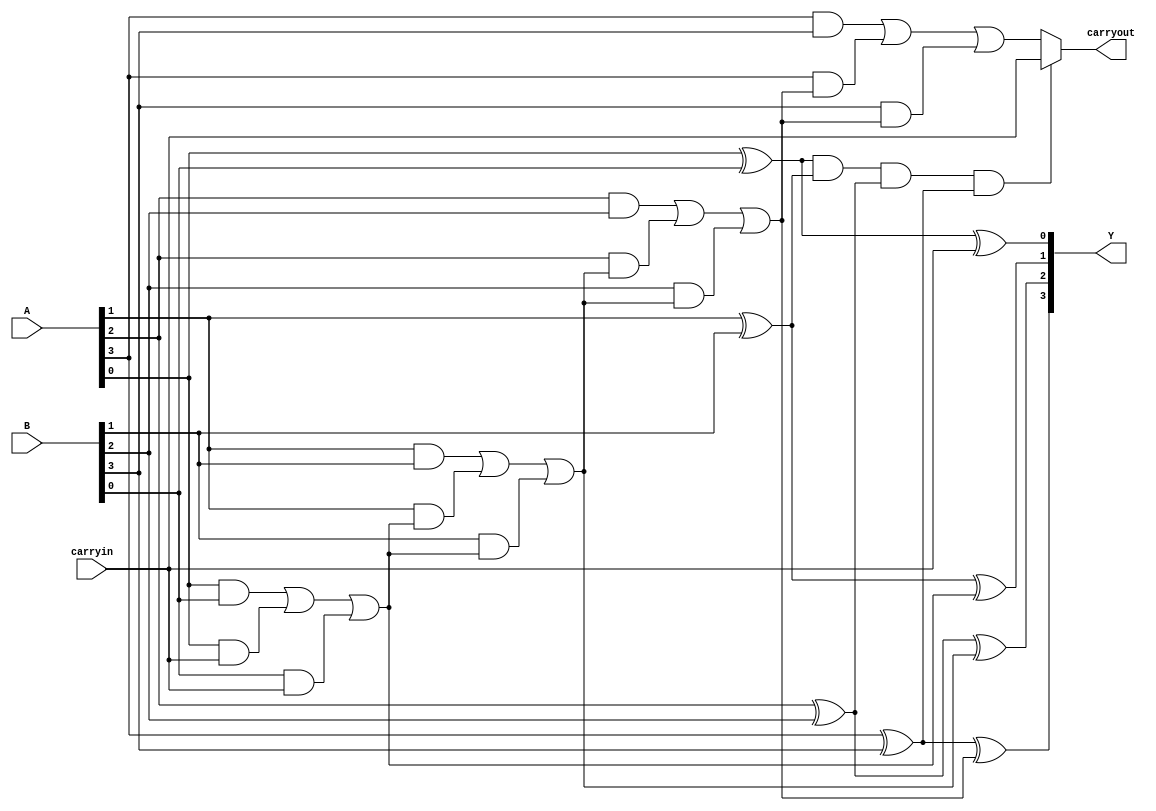
module cs_block(Y,carryout,A,B,carryin);
  output [3:0]Y;
  output carryout;
  input [3:0]A,B;
  input carryin;

  wire [3:0]g,p;// generate and propogate  
  wire [4:0]c;// intermediate carry of adders
  wire z;// for the mux
  
  assign c[0] = carryin; 
  genvar i;
  for (i=0; i<=3; i=i+1)
  begin
    assign p[i] = A[i] ^ B[i];
    assign c[i+1] = ( A[i] & B[i] ) | ( A[i] & c[i] ) | ( B[i] & c[i] );
    assign Y[i] = A[i] ^ B[i] ^ c[i];
  end
  
  assign z = p[0] & p [1] & p[2] & p[3];
  assign carryout = z ? carryin : c[4];

endmodule

module Carry_skip_adder(Y,carryout,A,B,carryin);
  output [7:0]Y;
  output carryout;
  input [7:0]A,B;
  input carryin;

  wire c4; // intermediate carry obtained from first block
  
  cs_block cs1 (Y[3:0],c4,A[3:0],B[3:0],carryin);
  cs_block cs2 (Y[7:4],carryout,A[7:4],B[7:4],c4); // pass the intermediate carry here
  
endmodule